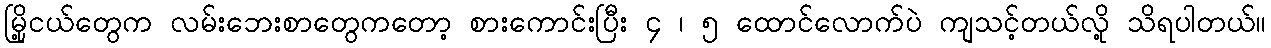
မြို့ငယ်တွေက လမ်းဘေးစာတွေကတော့ စားကောင်းပြီး ၄ ၊ ၅ ထောင်လောက်ပဲ ကျသင့်တယ်လို့ သိရပါတယ်။